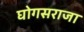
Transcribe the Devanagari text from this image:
घोगसराजा